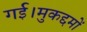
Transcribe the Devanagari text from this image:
गई।मुकद्दमों